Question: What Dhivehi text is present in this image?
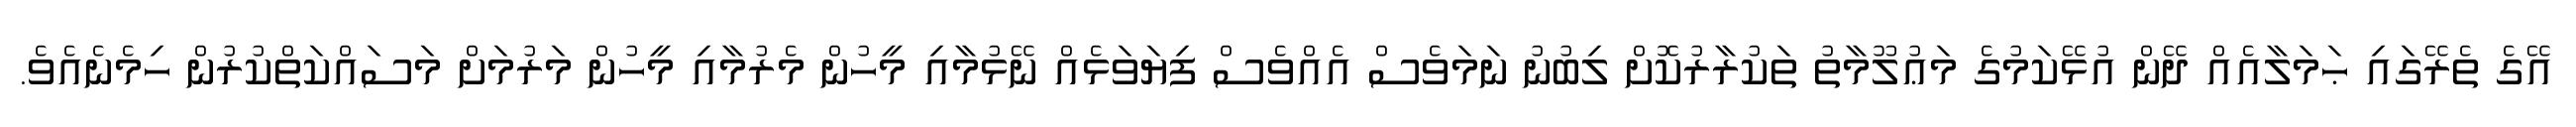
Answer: އޭގެ ތެރޭގައި ޙަމަލާއެއް ދޭން އުޅޭކަމުގެ މަޢުލޫމާތު ތަކުރާރުކޮށް ލިބުނު ނަމަވެސް އެއްވެސް ފިޔަވަޅެއް ނޭޅުމާއި މީހުން މެރުމާއި މީހުން މަރުމަށް މަސައްކަތްކުރުން ހިމެނެއެވެ.